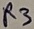
Text: R3